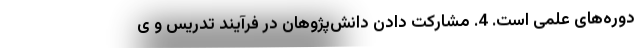
دوره‌های علمی است. 4. مشارکت دادن دانش‌پژوهان در فرآیند تدریس و ی